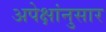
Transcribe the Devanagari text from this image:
अपेक्षांनुसार